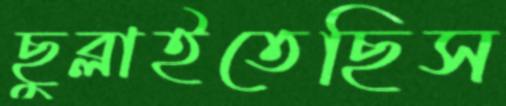
ছুব্‌লাইতেছিস